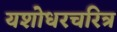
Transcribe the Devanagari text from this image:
यशोधरचरित्र